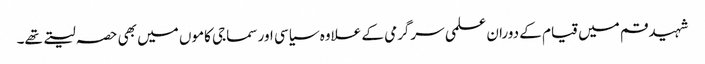
شہید قم میں قیام کے دوران علمی سرگرمی کے علاوہ سیاسی اور سماجی کاموں میں بھی حصہ لیتے تھے۔